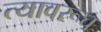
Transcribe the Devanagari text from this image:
त्यावरूच